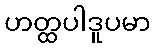
ဟတ္ထပါဒူပမာ